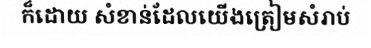
ក៏ដោយ សំខាន់ដែលយើងត្រៀមសំរាប់